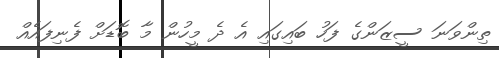
ތިންވަނަ ސީޒަންގެ ފަހު ބައިގައި އެ ދެ މީހުން މާ ބޮޑަށް ފެނިފައެއް